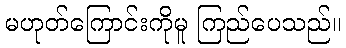
မဟုတ်ကြောင်းကိုမူ ကြည်ပေသည်။